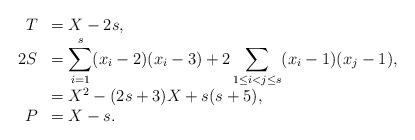
\begin{align*}\begin{array}{rl}T&=X-2s, \\2S&=\displaystyle\sum_{i=1}^s(x_i-2)(x_i-3)+2\sum_{1\le i<j\le s}(x_i-1)(x_j-1), \\&=X^2-(2s+3)X+s(s+5), \\P&=X-s.\end{array}\end{align*}